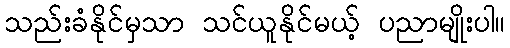
သည်းခံနိုင်မှသာ သင်ယူနိုင်မယ့် ပညာမျိုးပါ။